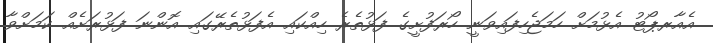
އެއާރޕޯޓު އެޅުމަށް ހަމަޖެހިފައިވަނީ ހޯރަފުށީގެ ފަޅުތެރެ ހިއްކައި އެފަޅުތެރޭގައި އޮންނަ ފަޅުރަށެއް ކަމަށްވާ